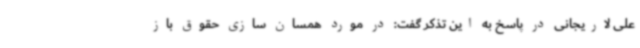
علی لاریجانی در پاسخ به این تذکر گفت: در مورد همسان سازی حقوق باز